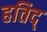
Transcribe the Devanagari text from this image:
हतिद्